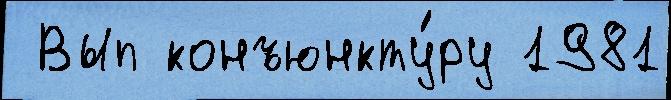
 Вып конъюнкту́ру 1981